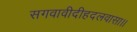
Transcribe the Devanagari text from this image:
सगवावीदीहदलवासा।।